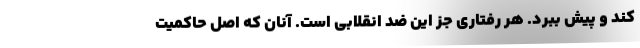
کند و پیش ببرد. هر رفتاری جز این ضد انقلابی است. آنان که اصل حاکمیت